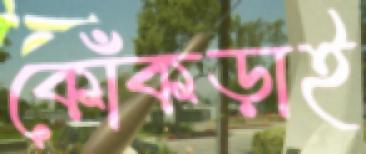
কোঁকড়াই